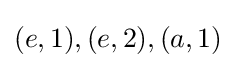
(e,1),(e,2),(a,1)